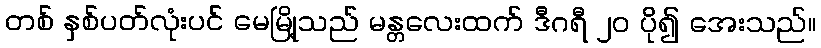
တစ် နှစ်ပတ်လုံးပင် မေမြို့သည် မန္တလေးထက် ဒီဂရီ ၂၀ ပို၍ အေးသည်။